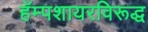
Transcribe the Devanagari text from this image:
हॅम्पशायरविरूद्ध